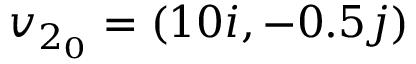
v _ { 2 _ { 0 } } = ( 1 0 i , - 0 . 5 j )